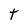
Character: t